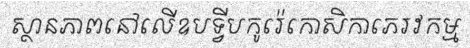
ស្ថានភាពនៅលើឧបទ្វីបកូរ៉េកោសិកាភេរវកម្ម